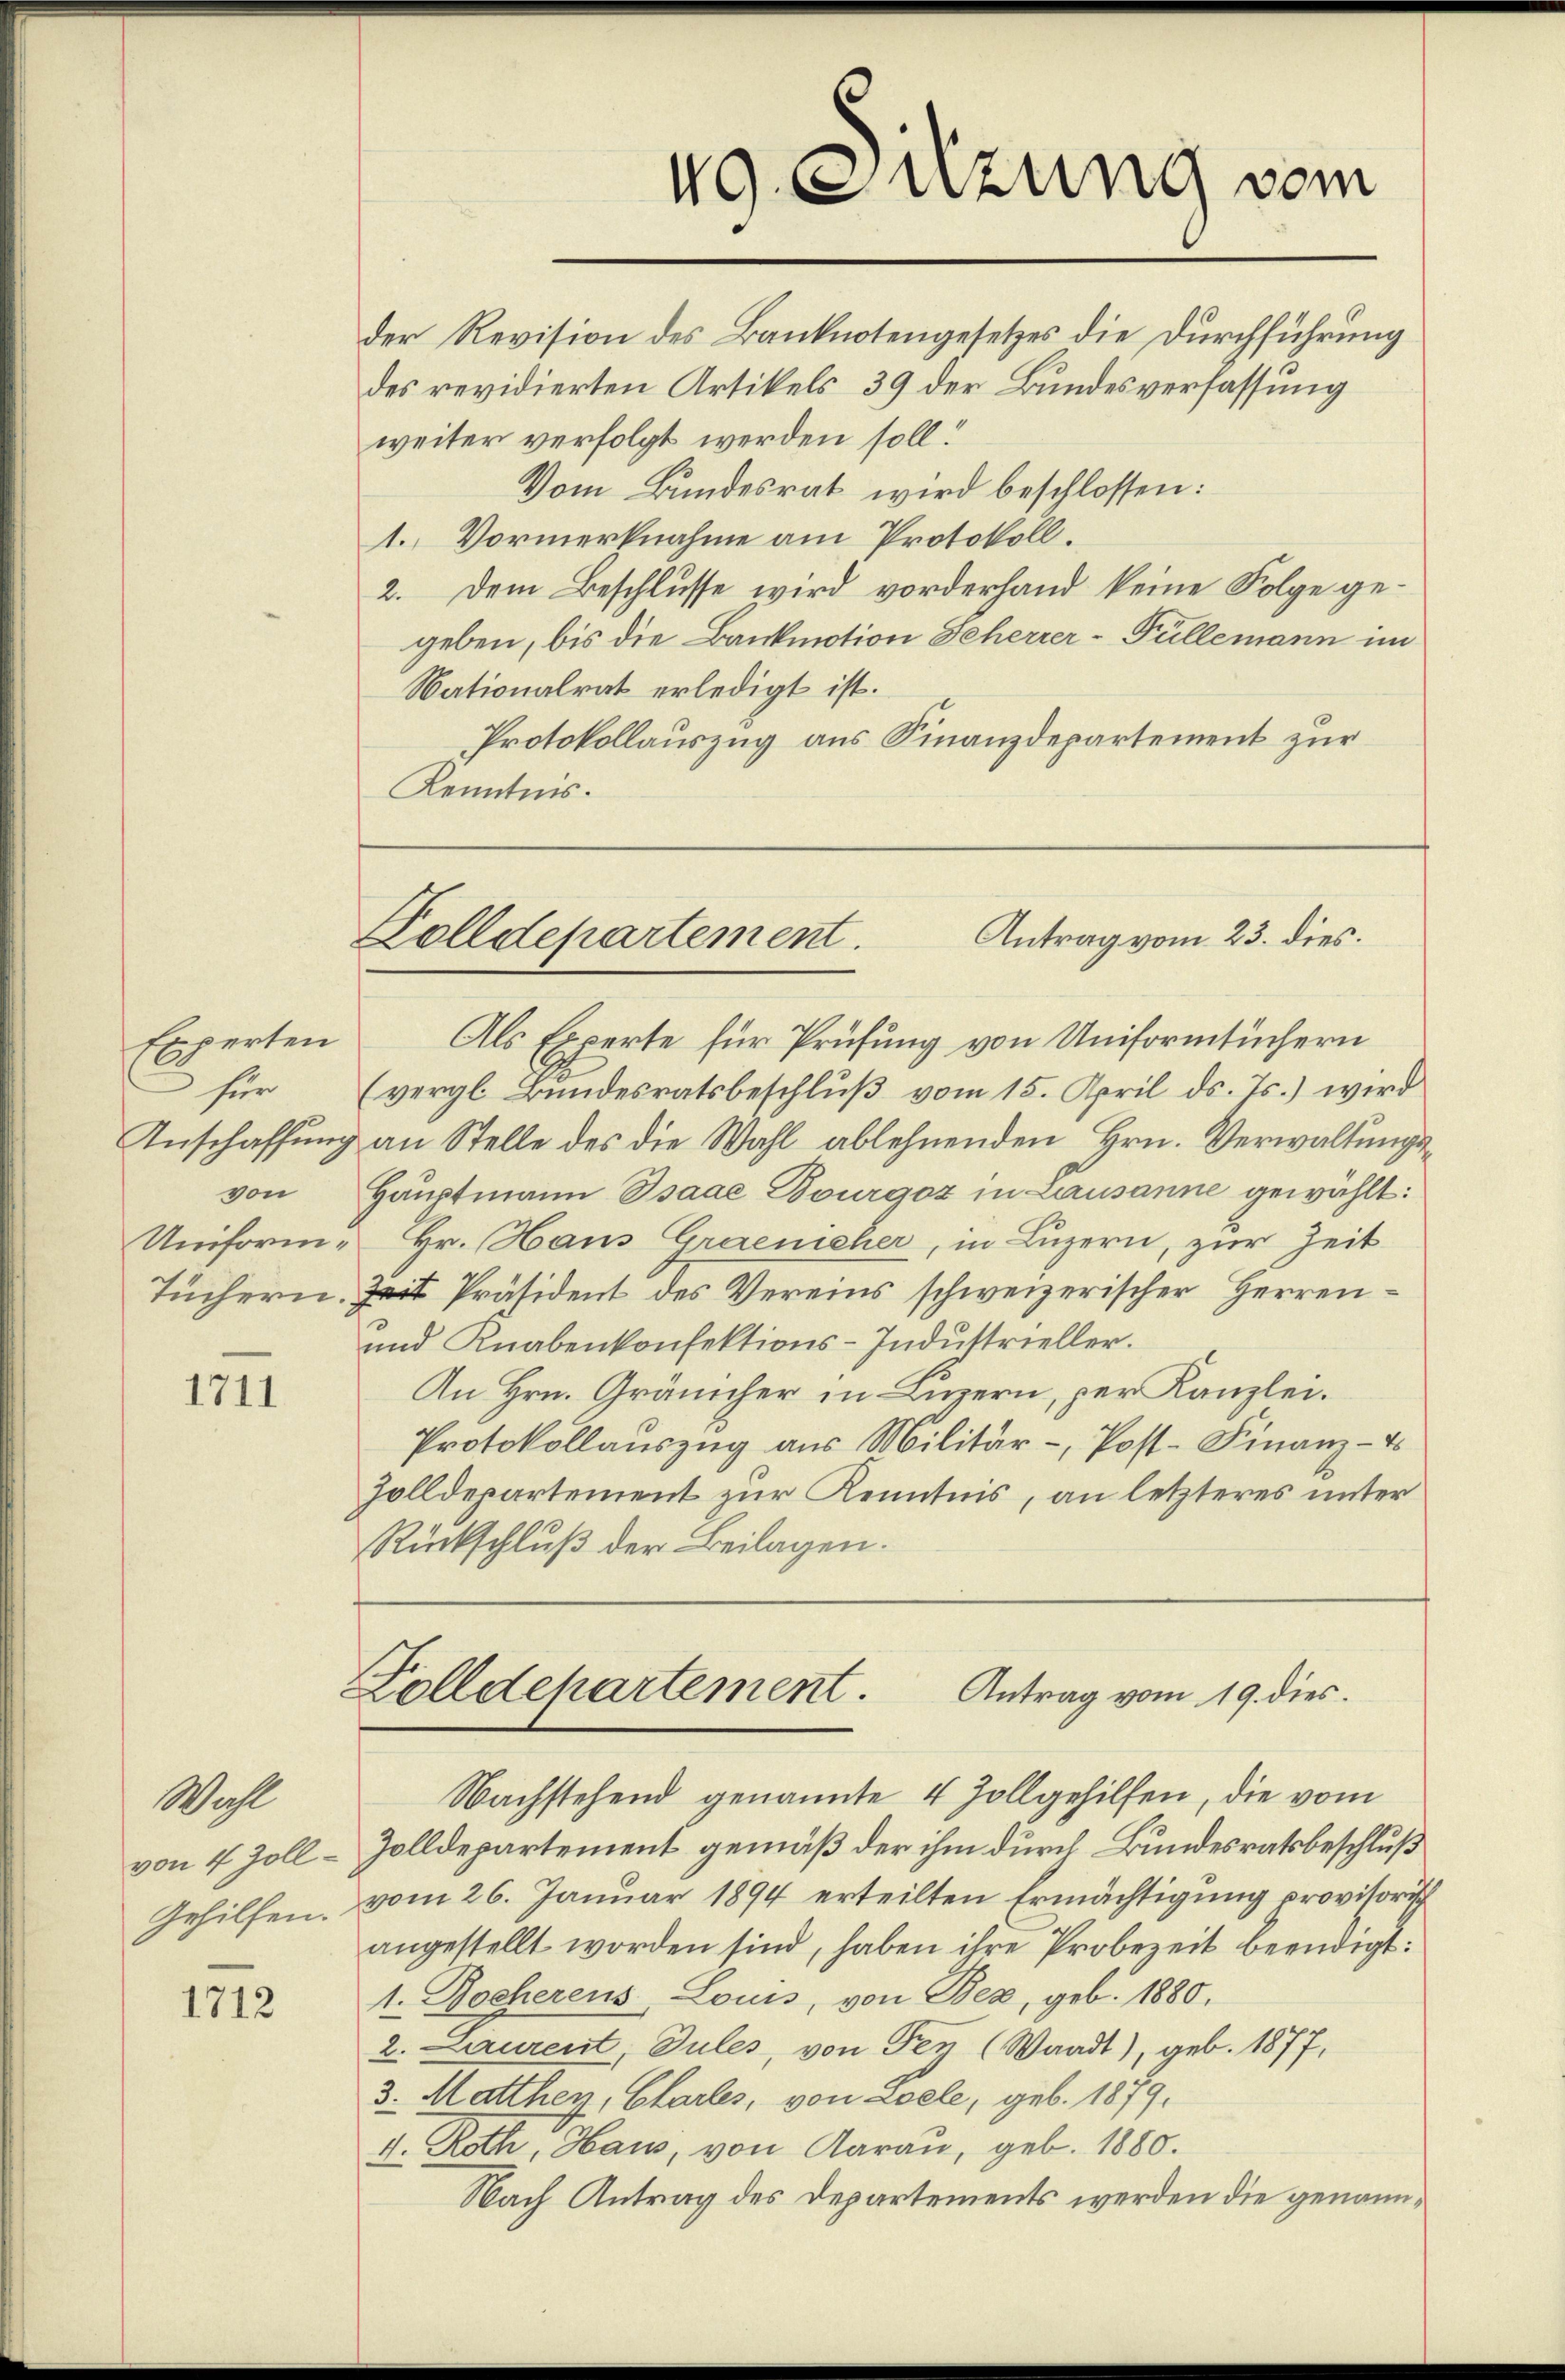
Experten
von

1711.

Wahl
von 4 Zoll-
Gehilfen.

1712

der Revision des Banknotengesetzes die Durchführung
des revidierten Artikels 39 der Bundesverfassung
weiter verfolgt werden soll.
Vom Bundesrat wird beschlossen:
1. Vormerknahme am Protokoll.
2. Dem Beschlusse wird vorderhand keine Folge gegeben, bis die Bankmotion Seherrer - Füllemann im
Nationalrat erledigt ist.
Protokollauszug aus Finanzdepartement zur
Kenntnis.

49. Sitzung vom

Als Experte für Prüfung von Uniformtüchern
für (vergl. Bundesratsbeschluß vom 15. April ds. Js.) wird
Anschaffung an Stelle des die Wahl ablehnenden Hrn. Verwaltungs¬
Hauptmann Isaae Bourgoz in Lausanne gewählt:
Uniform- Hr. Haus Graenicher, in Luzern, zur Zeit
Tüchern. Zeit Präsident des Vereins schweizerischer Herren¬
und Knabenkonfektions-Industrieller.
An Hrn. Gränicher in Luzern, per Kanzlei.
Protokollauszug aus Militär-, Post-Finanz-
Zolldepartement zur Kenntnis, an letzteres unter
Rückschluß der Beilagen.

Antrag vom 23. dies.
Zolldepartement.

Zolldepartement. Antrag vom 19. dies

Nachstehend genannte 4 Zollgehilfen, die vom
Zolldepartement gemäß der ihm durch Bundesratsbeschluß
vom 26. Januar 1894 erteilten Ermächtigung provisorisch
angestellt worden sind, haben ihre Probezeit beendigt:
1. Bocherens, Louis, von Bez, geb. 1880.
2. Laurent, Sules, von Fey (Waadt), geb. 1877,
3. Matthey, Charles, von Loele, geb. 1879.
4. Roth, Haus, von Aarau, geb. 1880.
Nach Antrag des Departements werden die genann¬